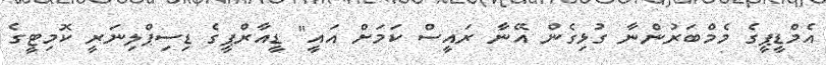
އެމްޑީޕީގެ މެމްބަރުންނާ ގުޅިގެން އޭނާ ރައީސް ކަމަށް އައީ" ޑީއާރްޕީގެ ޑިސިޕްލިނަރީ ކޮމިޓީގެ